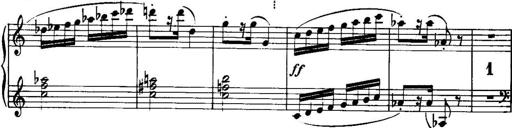
Title: Piano Sonatina No.1, Op.146
Composer: Stephen Heller